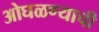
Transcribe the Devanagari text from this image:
ओघळण्याची